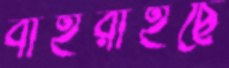
বাইরাইছে